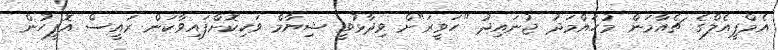
އެމްޕީއެލްގެ ޗެއާމަން މުހައްމަދު ޖުނައިދު "ހަވީރަ"ށް ވިދާޅުވީ ޝިޔާމް ވަކިކޮށްފައިވާކަން ރައީސް އޮފީހުން